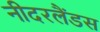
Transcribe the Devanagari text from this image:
नीदरलैंडस